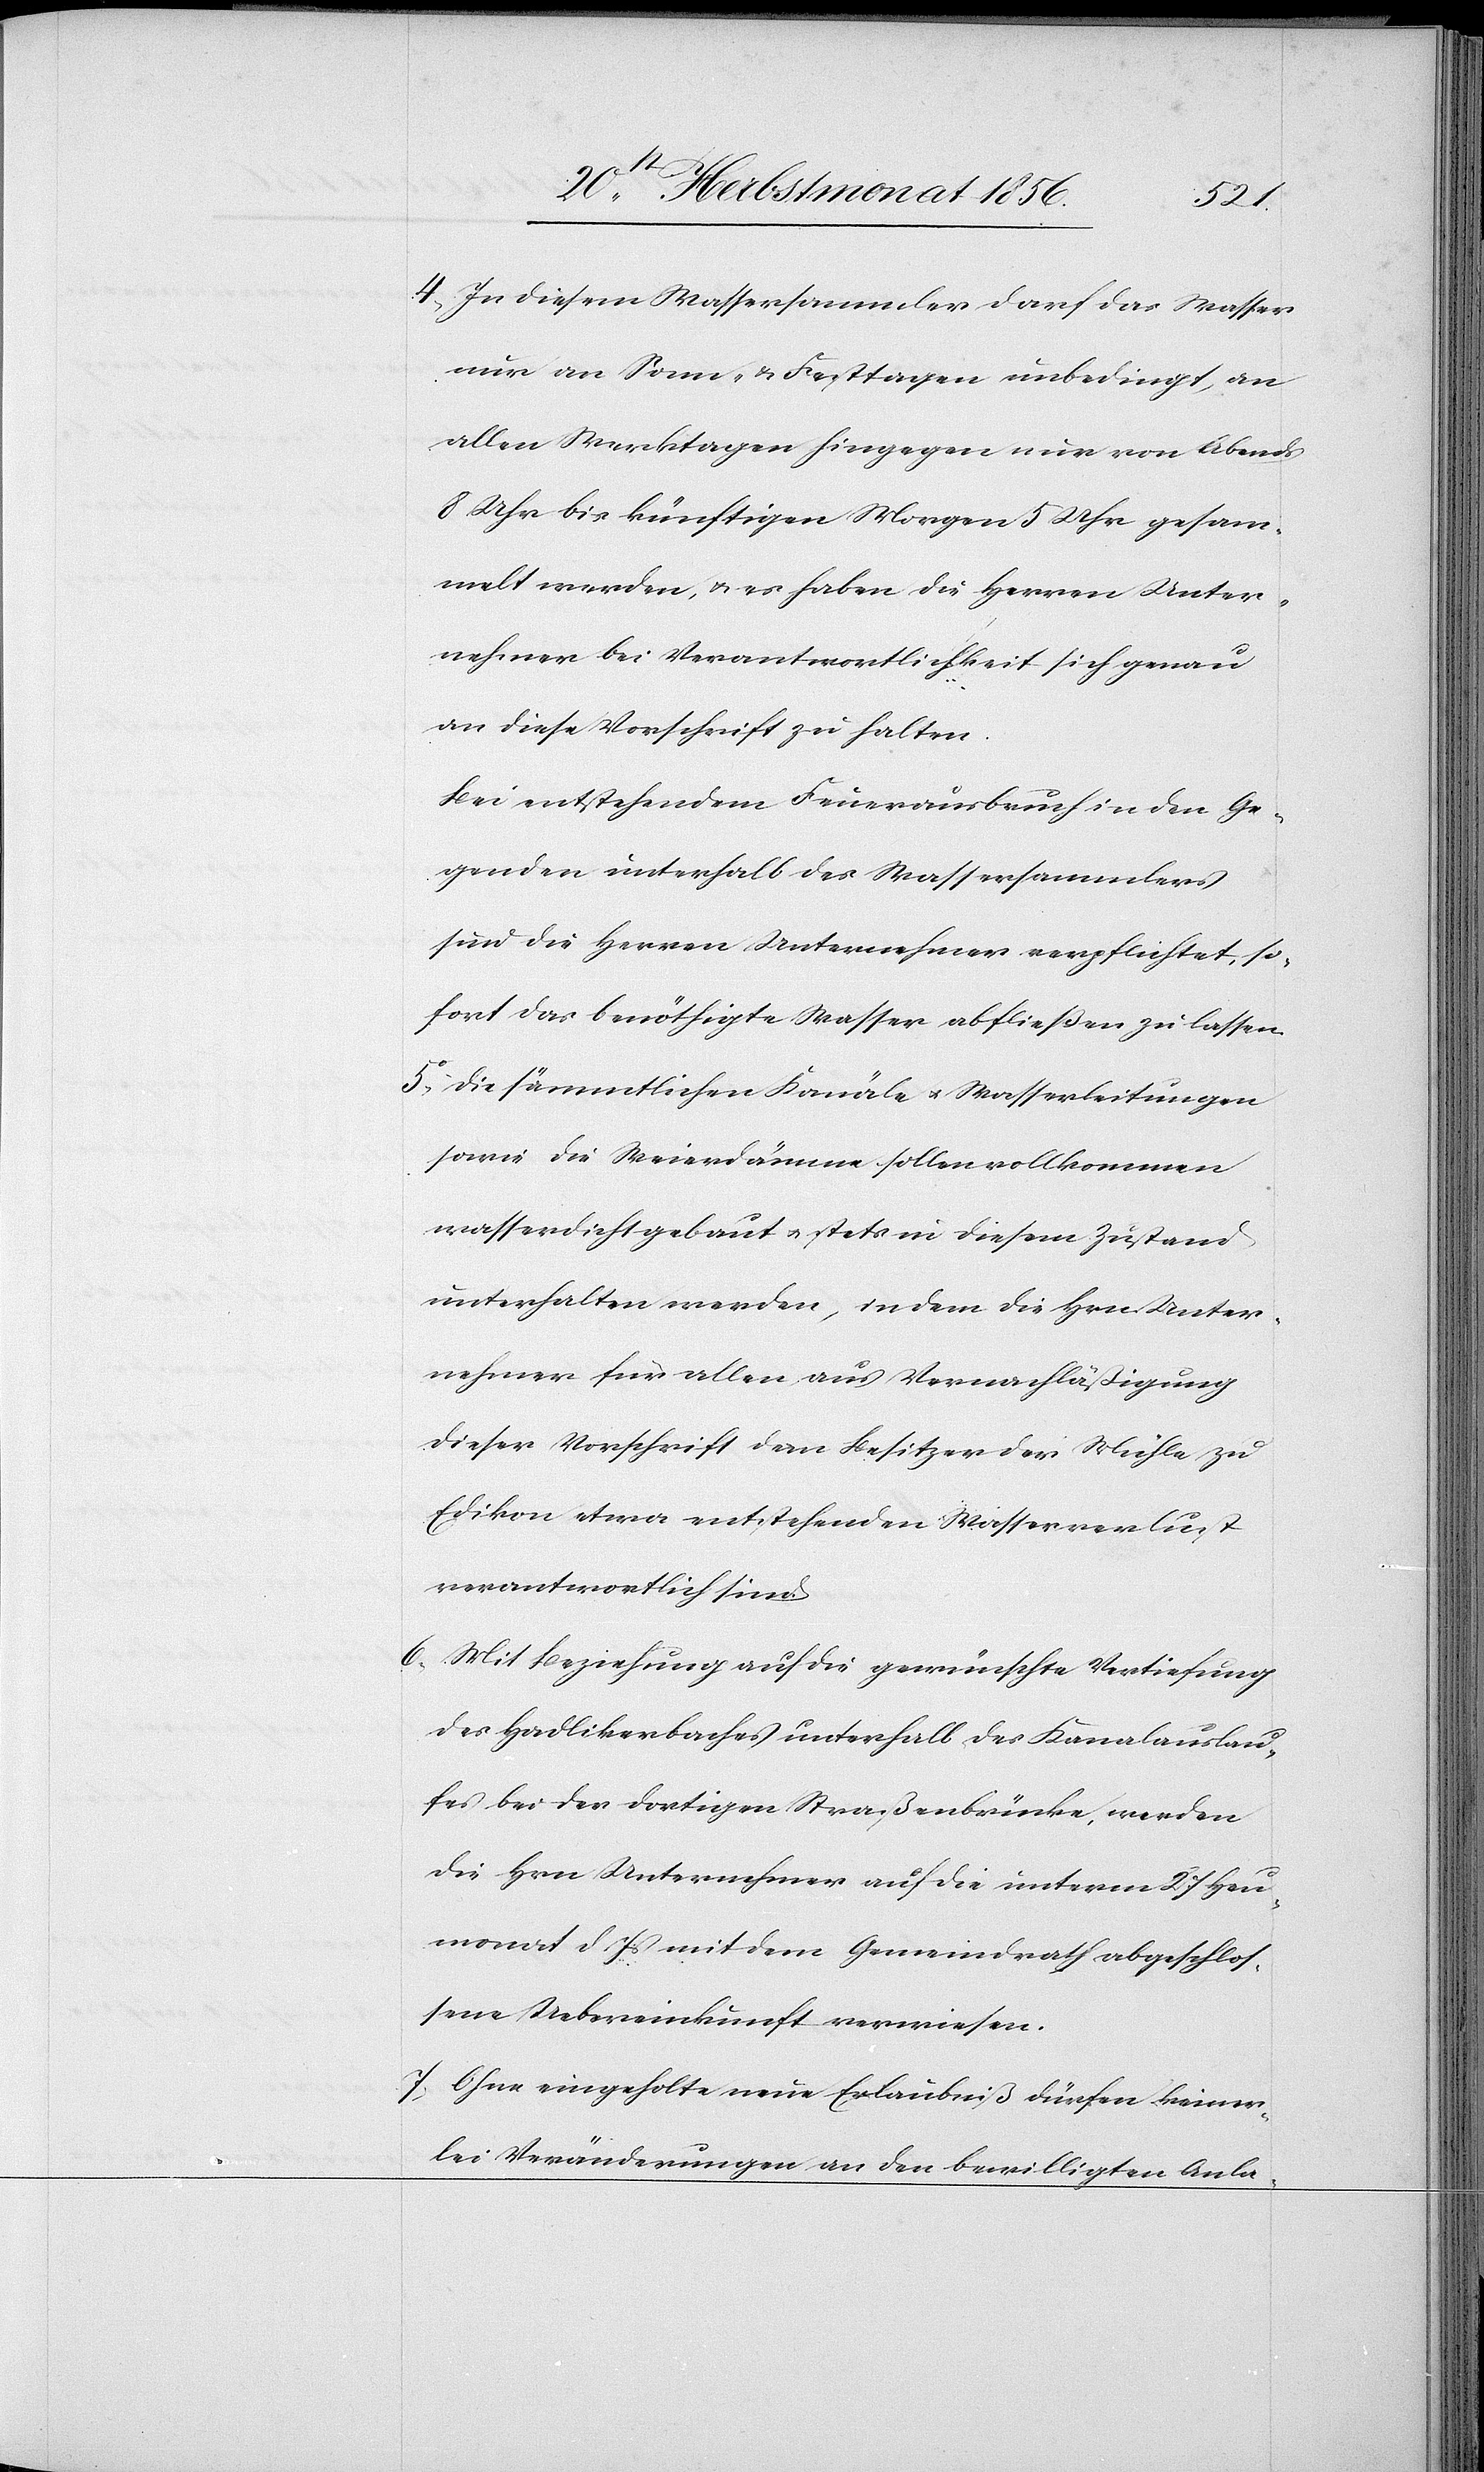
4.) In diesem Wassersammler darf das Wasser
nur an Sonn- & Festtagen unbedingt, an
allen Werktagen hingegen nur von Abends
8 Uhr bis künftigen Morgen 5 Uhr gesam¬
melt werden, u. es haben die Herren Unter¬
nehmer bei Verantwortlichkeit sich genau
an diese Vorschrift zu halten.
Bei entstehendem Feuerausbruch in den Ge¬
genden unterhalb des Wassersammlers
sind die Herren Unternehmer verpflichtet, so¬
fort das benöthigte Wasser abfließen zu lassen.
5.) Die sämmtlichen Kanäle u. Wasserleitungen
sowie die Weierdämme sollen vollkommen
wasserdicht gebaut u. stets in diesem Zustand
unterhalten werden, indem die Hrn. Unter¬
nehmer für allen aus Vernachläßigung
dieser Vorschrift dem Besitzer der Mühle zu
Edikon etwa entstehenden Wasserverlust
verantwortlich sind.
6.) Mit Beziehung auf die gewünschte Vertiefung
des Hadlikerbaches unterhalb des Kanalauslau¬
fes bei der dortigen Straßenbrücke, werden
die Hrn Unternehmer auf die unterm 27 Heu¬
monat d Js mit dem Gemeindrath abgeschlos¬
sene Uebereinkunft verwiesen.
7.) Ohne eingeholte neue Erlaubniß dürfen keiner¬
lei Veränderungen an den bewilligten Anla-